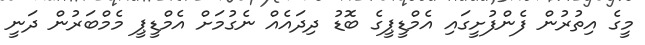
މީގެ އިތުރުން ފެންފުށީގައި އެމްޑީޕީގެ ބޮޑު ދިދައެއް ނެގުމަށް އެމްޑީޕީ މެމްބަރުން ދަނީ